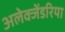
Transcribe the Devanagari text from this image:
अलेक्जेंडरिया